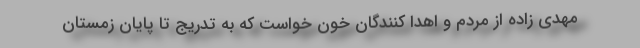
مهدی زاده از مردم و اهدا کنندگان خون خواست که به تدریج تا پایان زمستان